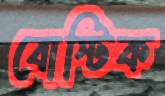
বোস্টিক